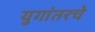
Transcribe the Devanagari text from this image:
युगांतरचे